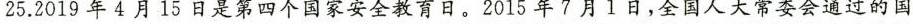
25.2019年4月15日是第四个国家安全教育日。2015年7月l日，全国人大常委会通过的国